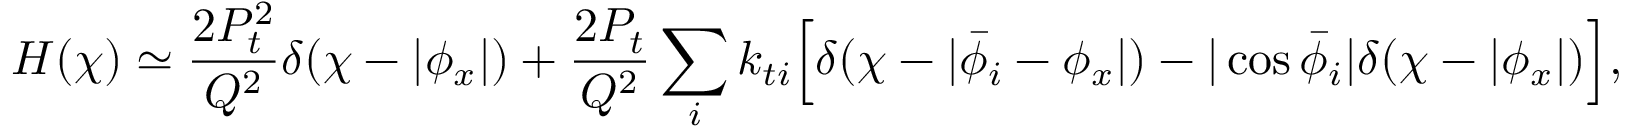
H ( \chi ) \simeq \frac { 2 P _ { t } ^ { 2 } } { Q ^ { 2 } } \delta ( \chi - | \phi _ { x } | ) + \frac { 2 P _ { t } } { Q ^ { 2 } } \sum _ { i } k _ { t i } \Bigl [ \delta ( \chi - | \bar { \phi } _ { i } - \phi _ { x } | ) - | \cos \bar { \phi } _ { i } | \delta ( \chi - | \phi _ { x } | ) \Bigr ] ,